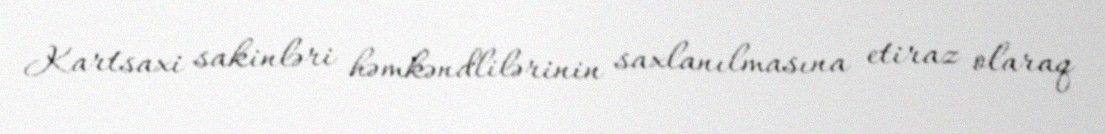
Kartsaxi sakinləri həmkəndlilərinin saxlanılmasına etiraz olaraq